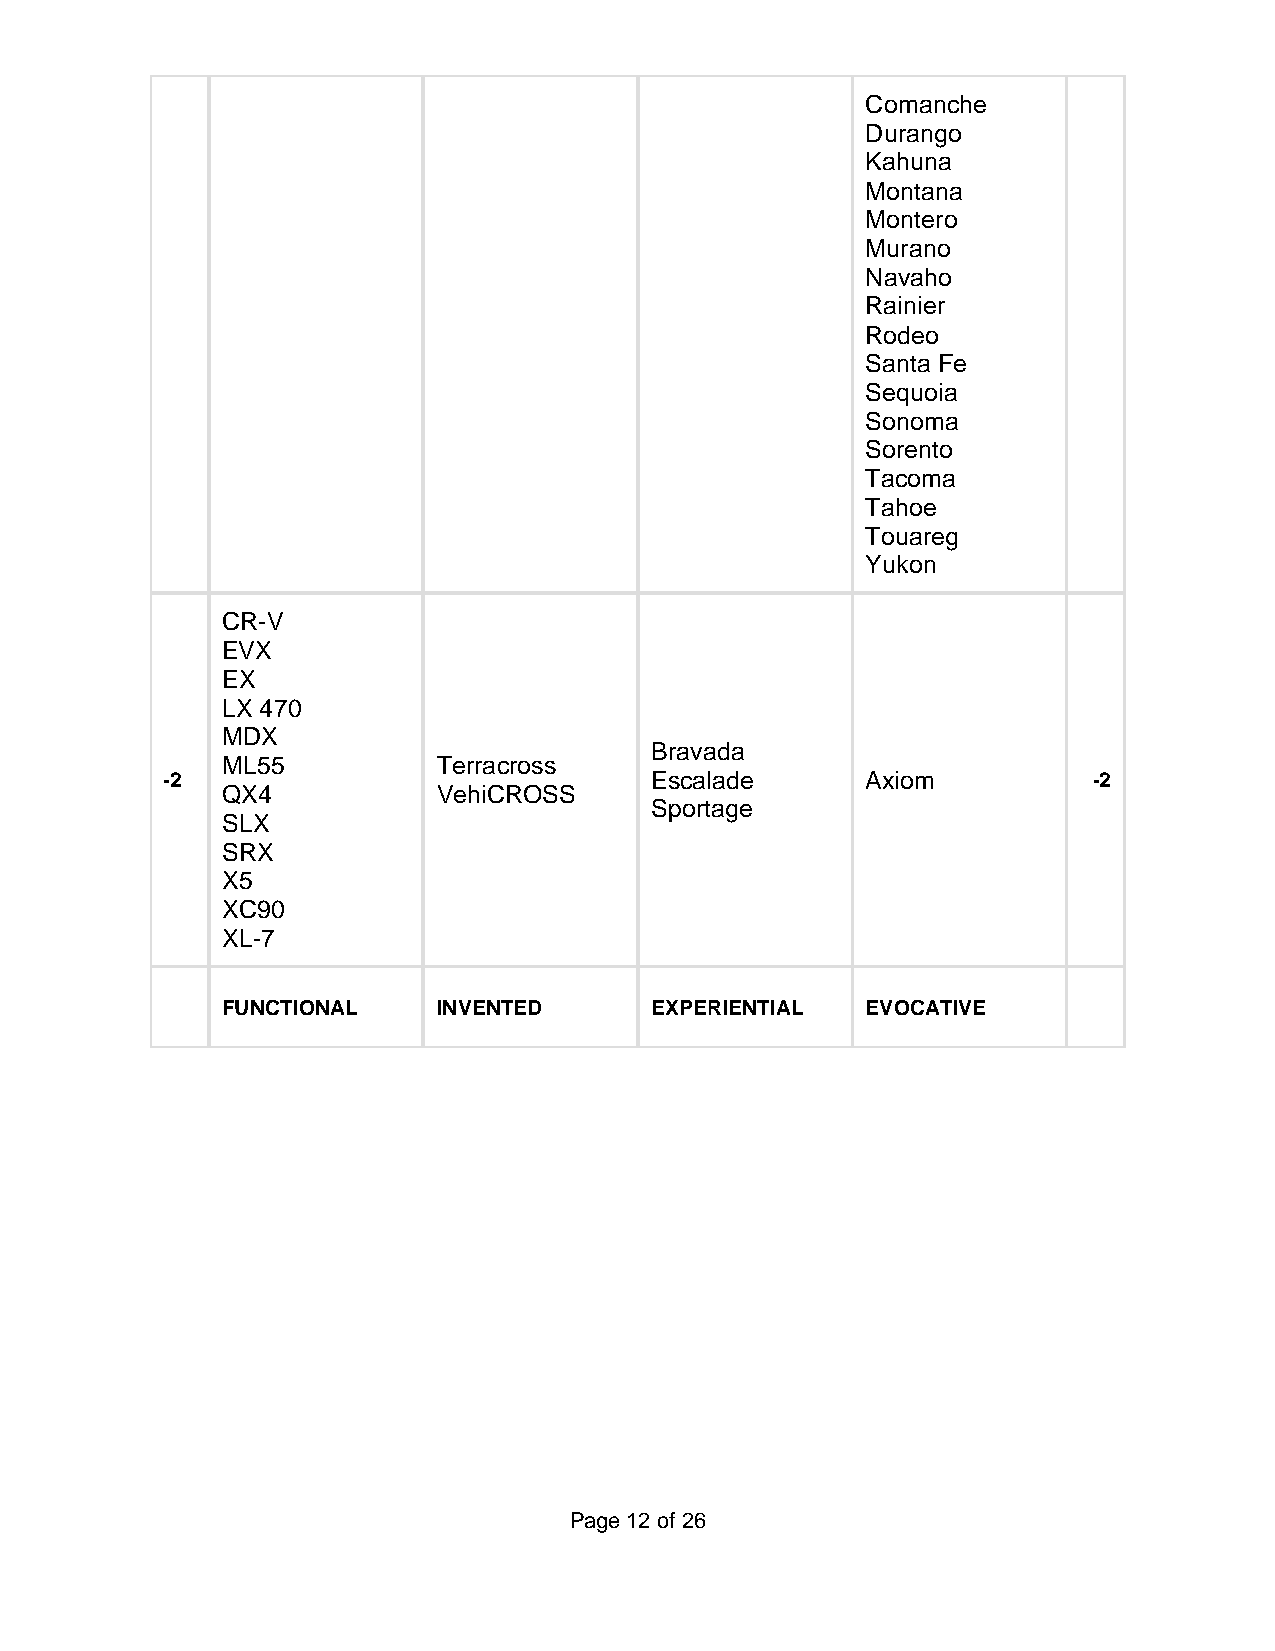
Comanche
 Durango
 Kahuna
 Montana
 Montero
 Murano
 Navaho
 Rainier
 Rodeo
 Santa Fe
 Sequoia
 Sonoma
 Sorento
 Tacoma
 Tahoe
 Touareg
 Yukon
 CR-V
 EVX
 EX
 LX 470
 MDX
 Bravada
 ML55          Terracross
 -2                              Escalade      Axiom          -2
 QX4           VehiCROSS
 Sportage
 SLX
 SRX
 X5
 XC90
 XL-7
 FUNCTIONAL    INVENTED      EXPERIENTIAL  EVOCATIVE
 Page 12 of 26